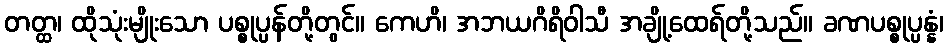
တတ္ထ၊ ထိုသုံးမျိုးသော ပစ္စုပ္ပန်တို့တွင်။ ကေဟိ၊ အဘယဂိရိဝါသီ အချို့ထေရ်တို့သည်။ ခဏပစ္စုပ္ပန္နံ၊